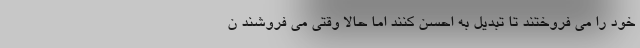
خود را می فروختند تا تبدیل به احسن کنند اما حالا وقتی می فروشند ن